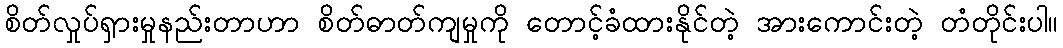
စိတ်လှုပ်ရှားမှုနည်းတာဟာ စိတ်ဓာတ်ကျမှုကို တောင့်ခံထားနိုင်တဲ့ အားကောင်းတဲ့ တံတိုင်းပါ။